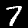
Digit: 7